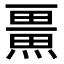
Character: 𭻨